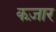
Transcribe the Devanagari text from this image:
कज़ार